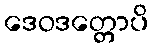
ဒေဝဒတ္တောပိ